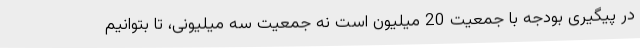
در پیگیری بودجه با جمعیت 20 میلیون است نه جمعیت سه میلیونی، تا بتوانیم